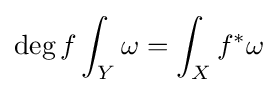
\deg f\int _{Y}\omega =\int _{X}f^{*}\omega